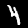
Label: 4